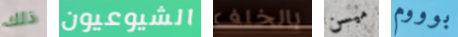
ذلك الشيوعيون بالخلف ميسن بوووم